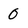
Character: 0